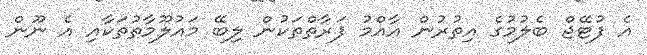
އެ ފުޓޭޖް ބެލުމުގެ އިތުރުން އާއްމު ފަރާތްތަކުން ލިބޭ މައުލޫމާތުތަކާއި އެ ނޫން